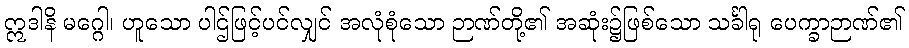
ဣဒါနိ မဂ္ဂေါ၊ ဟူသော ပါဌ်ဖြင့်ပင်လျှင် အလုံစုံသော ဉာဏ်တို့၏ အဆုံး၌ဖြစ်သော သင်္ခါရု ပေက္ခာဉာဏ်၏